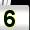
Digit: 5